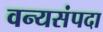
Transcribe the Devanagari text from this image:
वन्यसंपदा